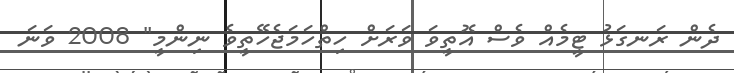
ދެން ރަނގަޅު ޓީމެއް ވެސް އޮތީވަ ވަރަށް ހިތްހަމަޖެހޭތީވެ ނިންމީ" 2008 ވަނަ